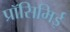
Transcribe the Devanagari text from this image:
प्रॉसिमिई